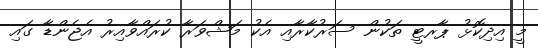
މީ އިދިކޮޅު ޕާރޓީ ތަކުން ސަރުކާރާއި އެކު މަޝްވަރާ ކުރައްވާއިރު އެޖެންޑާ ގައި